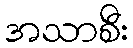
အသာစီး